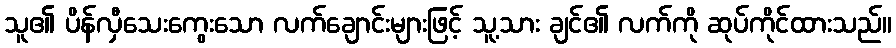
သူ၏ ပိန်လှီသေးကွေးသော လက်ချောင်းများဖြင့် သူ့သား ချင်၏ လက်ကို ဆုပ်ကိုင်ထားသည်။